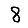
Digit: 8